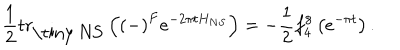
\frac { 1 } { 2 } \mathrm { t r } _ { \mathrm { \tiny ~ N S } } \left( \left( - \right) ^ { F } e ^ { - 2 \pi t H _ { N S } } \right) = - \frac { 1 } { 2 } f _ { 4 } ^ { 8 } \left( e ^ { - \pi t } \right) .